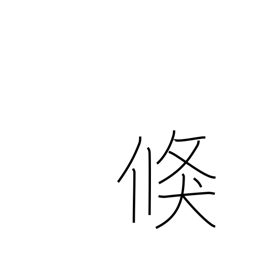
Meaning: prompt